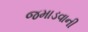
જમાડવાની